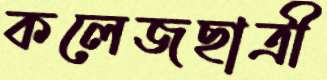
কলেজছাত্রী